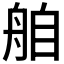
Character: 𮎌